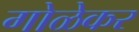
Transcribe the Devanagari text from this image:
गोळेकर